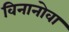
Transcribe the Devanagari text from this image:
विनानोवा